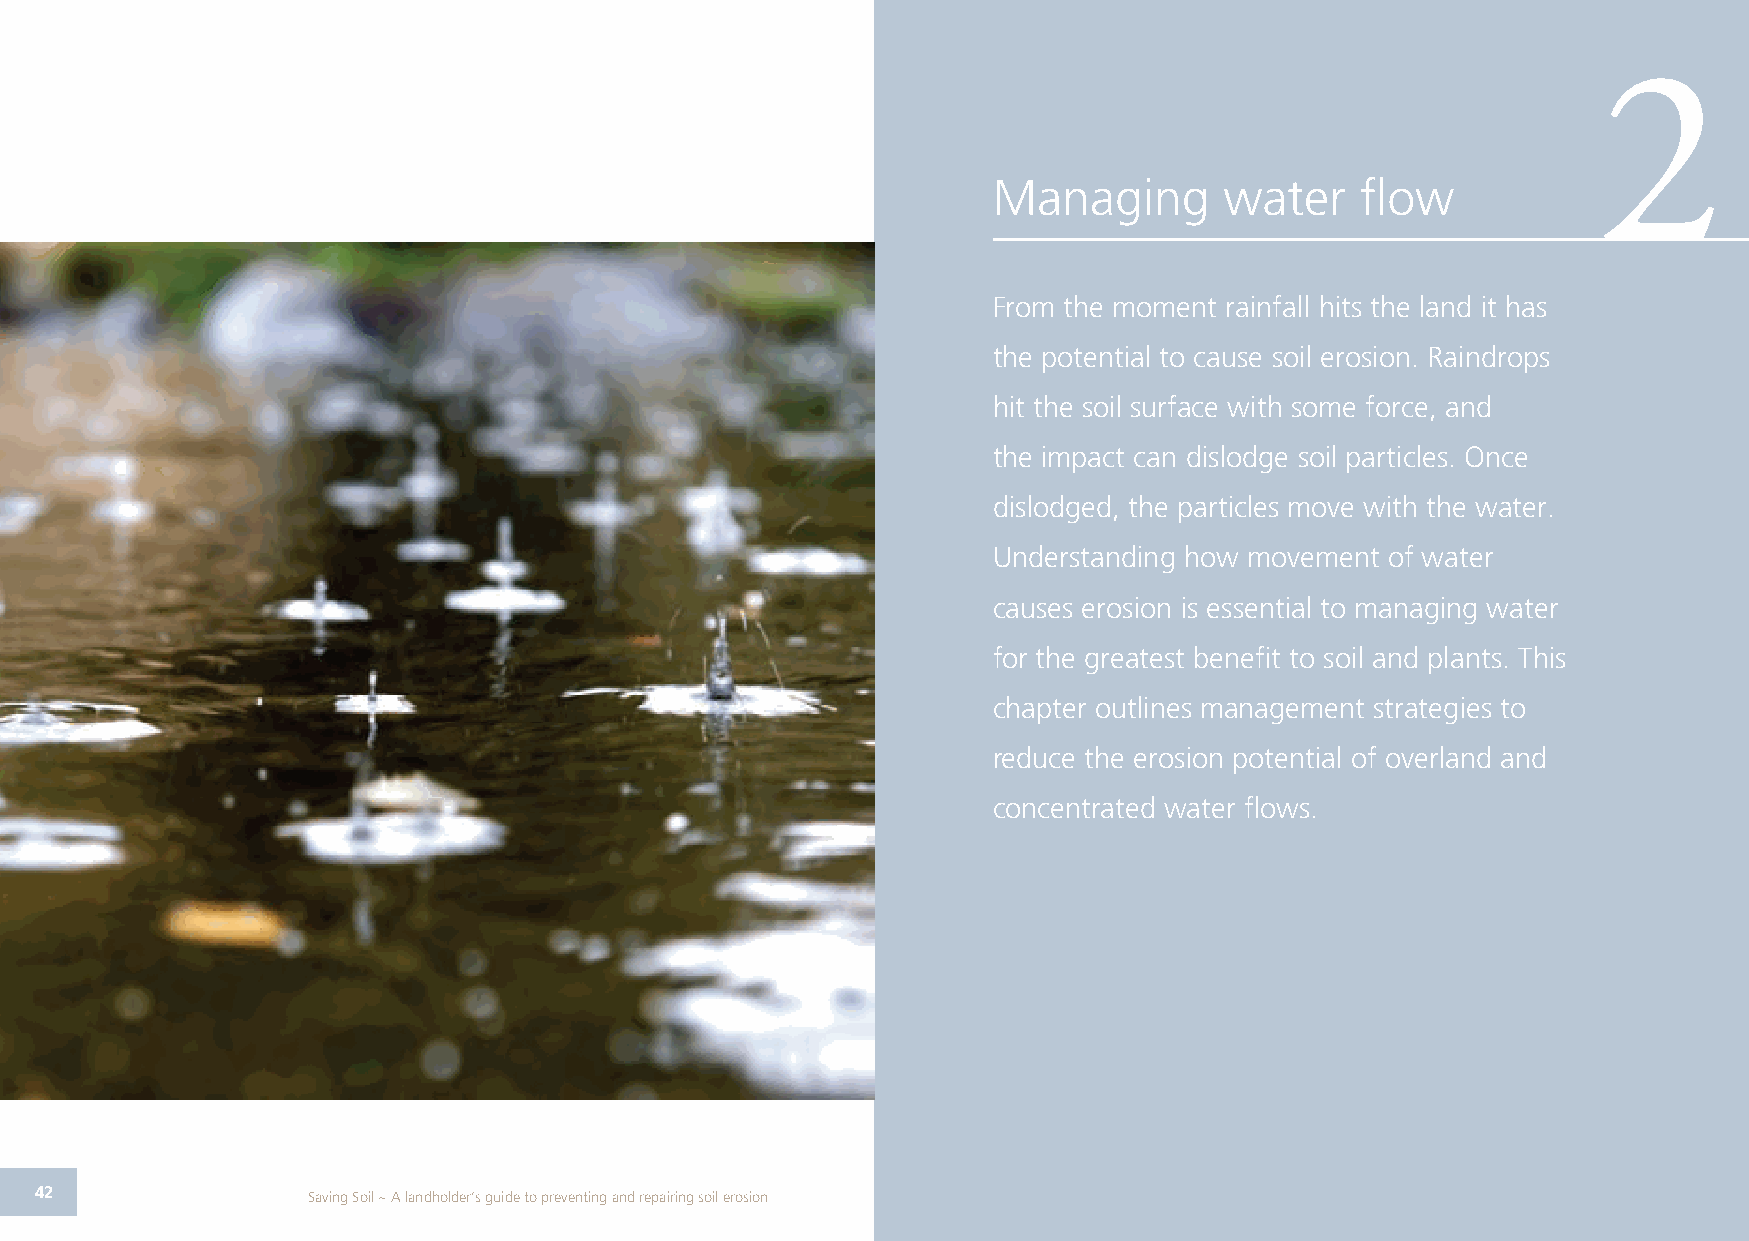
2
 Managing       water    flow
 From the moment rainfall hits the land it has
 the potential to cause soil erosion. Raindrops
 hit the soil surface with some force, and
 the impact can dislodge soil particles. Once
 dislodged, the particles move with the water.
 Understanding how movement of water
 causes erosion is essential to managing water
 for the greatest benefit to soil and plants. This
 chapter outlines management strategies to
 reduce the erosion potential of overland and
 concentrated water flows.
 42                Saving Soil ~ A landholder’s guide to preventing and repairing soil erosion                 43